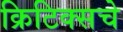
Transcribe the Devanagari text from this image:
क्रिटिक्सचे